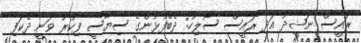
ރައީސް ނަޝީދު އަދި ރައީސް ސޯލިހު: ދެބޭފުޅުންގެ ސިޔާސީ ފިކުރު ވަނީ ދެކަފި